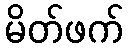
မိတ်ဖက်